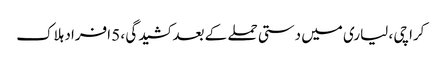
کراچی ، لیاری میں دستی حملے کے بعد کشیدگی ، 5 افراد ہلاک